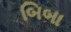
બિબા